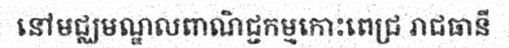
នៅមជ្ឈមណ្ឌលពាណិជ្ជកម្មកោះពេជ្រ រាជធានី